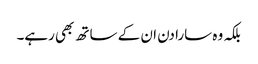
بلکہ وہ سارا دن ان کے ساتھ بھی رہے۔